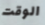
الوقت